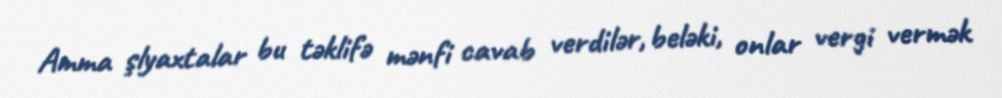
Amma şlyaxtalar bu təklifə mənfi cavab verdilər, beləki, onlar vergi vermək